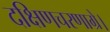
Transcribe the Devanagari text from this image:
दक्षिणचरणाग्रे।